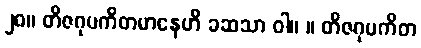
၂၈။ တိဇဂုပကိတမာနေဟိ ခဆသာ ဝါ။ ။ တိဇဂုပကိတ